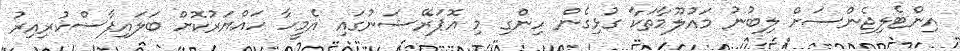
އިންޓެލިޖެންސަށް ލިބުނު މައުލޫމާތަކާ ގުޅިގެން ހިންގި މި އޮޕަރޭޝަނުގައި އެމީހާ ހައްޔަރުކޮށް ބަލައިފާސްކުރިއިރު